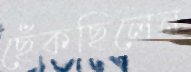
ছেঁকছিলেন